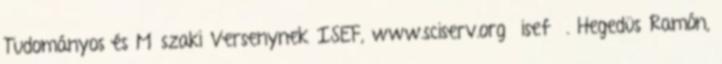
Tudományos és Műszaki Versenynek ISEF, www.sciserv.org isef . Hegedüs Ramón,